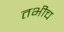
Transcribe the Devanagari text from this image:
तभीच